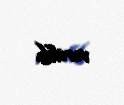
verilib.